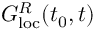
G _ { \mathrm { l o c } } ^ { R } ( t _ { 0 } , t )